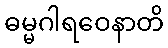
ဓမ္မဂါရဝေနာတိ